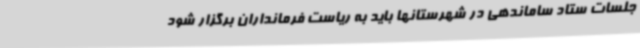
جلسات ستاد ساماندهی در شهرستانها باید به ریاست فرمانداران برگزار شود